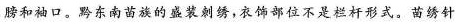
膀和袖口。黔东南的盛装刺绣，衣饰部位不是拉杆形式。